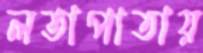
লতাপাতায়